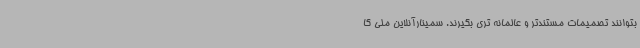
بتوانند تصمیمات مستندتر و عالمانه تری بگیرند. سمینارآنلاین ملی کا